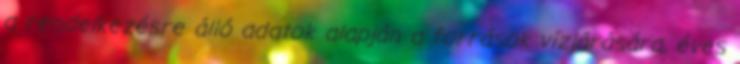
a rendelkezésre álló adatok alapján a források vízjárására, éves